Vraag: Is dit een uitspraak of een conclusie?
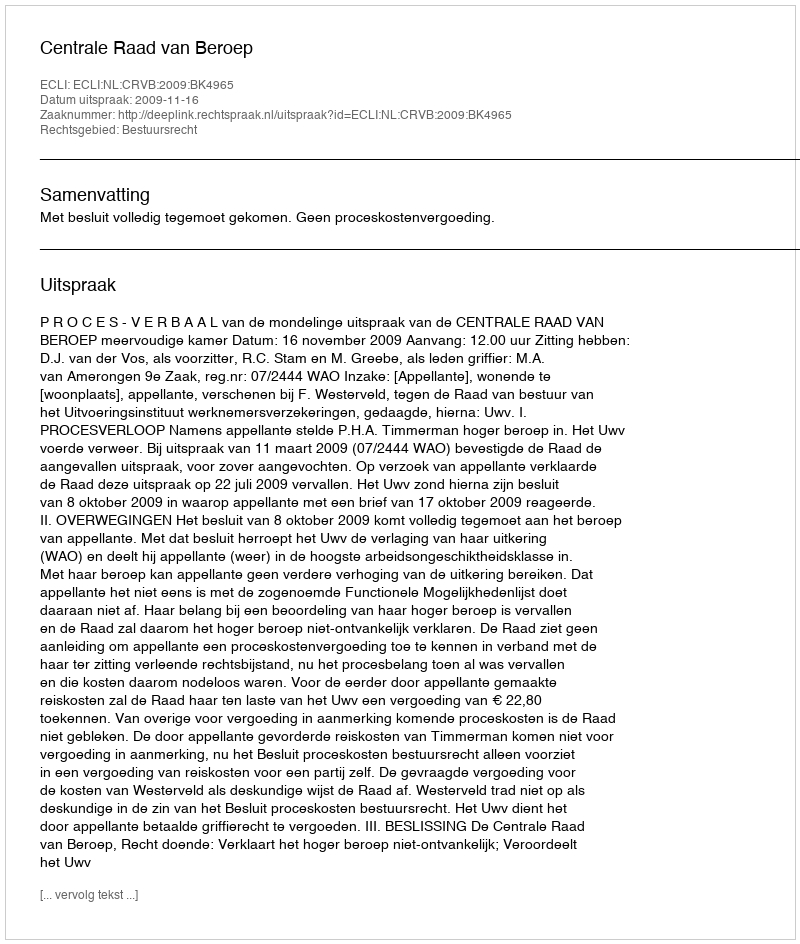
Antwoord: Uitspraak